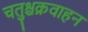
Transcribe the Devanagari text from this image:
चतुश्चक्रवाहन